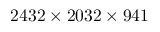
2 4 3 2 \times 2 0 3 2 \times 9 4 1